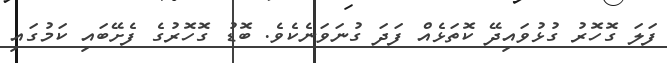
ފަލަ ގޮހޮރު ގުޅުވައިދޭ ކޮތަޅެއް ފަދަ ގުނަވަނެކެވެ. ބޮޑު ގޮހޮރުގެ ފެށޭބައި ކަމުގައި